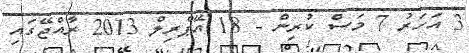
3 އަހަރު 7 މަސް ކުރިން - 18 އޭޕްރިލް 2013 ރާއްޖޭގައި